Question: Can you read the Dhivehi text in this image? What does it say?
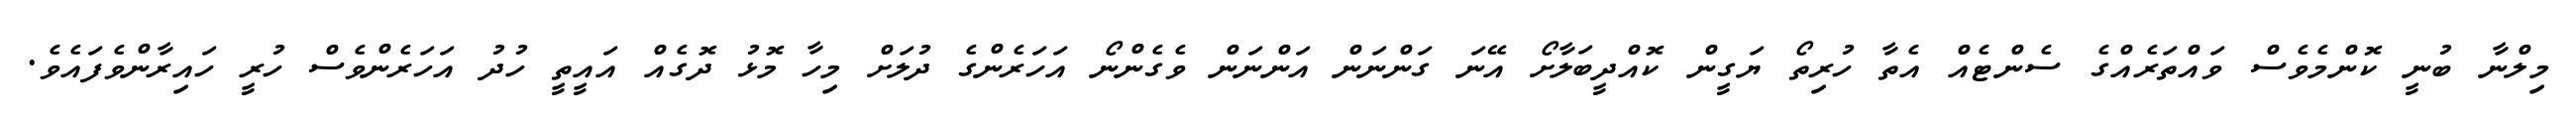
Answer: މިލްނާ ބުނީ ކޮންމެވެސް ވައްތަރެއްގެ ސެންޓެއް އެތާ ހުރިތޯ ޔަގީން ކޮއްދީބަލާށޯ އޭނަ ގަންނަން އަންނަން ވެގެންނޯ އަހަރެންގެ ދުލަށް މިހާ މޮޅު ދޮގެއް އައީތީ ހުދު އަހަރެންވެސް ހުރީ ހައިރާންވެފައެވެ.